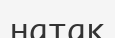
натак